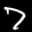
Label: 7